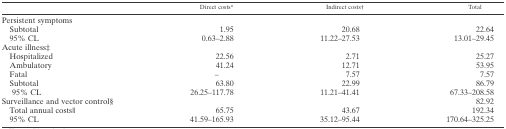
<table><thead><tr><td></td><td><b>Direct costs*</b></td><td><b>Indirect costs†</b></td><td><b>Total</b></td></tr></thead><tbody><tr><td colspan="4">Persistent symptoms</td></tr><tr><td> Subtotal</td><td>1.95</td><td>20.68</td><td>22.64</td></tr><tr><td> 95% CL</td><td>0.63–2.88</td><td>11.22–27.53</td><td>13.01–29.45</td></tr><tr><td colspan="4">Acute illness‡</td></tr><tr><td> Hospitalized</td><td>22.56</td><td>2.71</td><td>25.27</td></tr><tr><td> Ambulatory</td><td>41.24</td><td>12.71</td><td>53.95</td></tr><tr><td> Fatal</td><td>–</td><td>7.57</td><td>7.57</td></tr><tr><td> Subtotal</td><td>63.80</td><td>22.99</td><td>86.79</td></tr><tr><td>95% CL</td><td>26.25–117.78</td><td>11.21–41.41</td><td>67.33–208.58</td></tr><tr><td>Surveillance and vector control§</td><td></td><td></td><td>82.92</td></tr><tr><td> Total annual costs∥</td><td>65.75</td><td>43.67</td><td>192.34</td></tr><tr><td> 95% CL</td><td>41.59–165.93</td><td>35.12–95.44</td><td>170.64–325.25</td></tr></tbody></table>